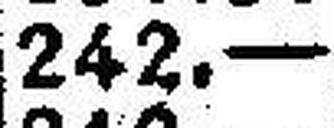
242.—